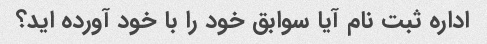
اداره ثبت نام آیا سوابق خود را با خود آورده اید؟